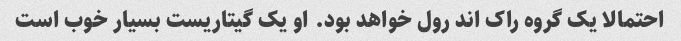
احتمالا یک گروه راک اند رول خواهد بود. او یک گیتاریست بسیار خوب است